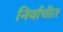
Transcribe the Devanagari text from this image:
निर्वाचीत